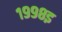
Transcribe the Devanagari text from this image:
१९९८इ